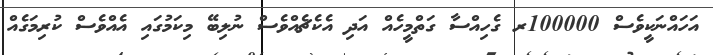
އަހައްނަކީވެސް 100000ރ ގެހިއްސާ ގަތްމީހެއް އަދި އެކެޗެއްވެސް ނުލިބޭ މިކަމުގައި އެއްވެސް ކުރިމަގެއް